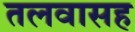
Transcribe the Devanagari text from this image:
तलवासह